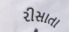
રીસાતા